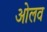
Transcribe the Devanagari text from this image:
ओलव